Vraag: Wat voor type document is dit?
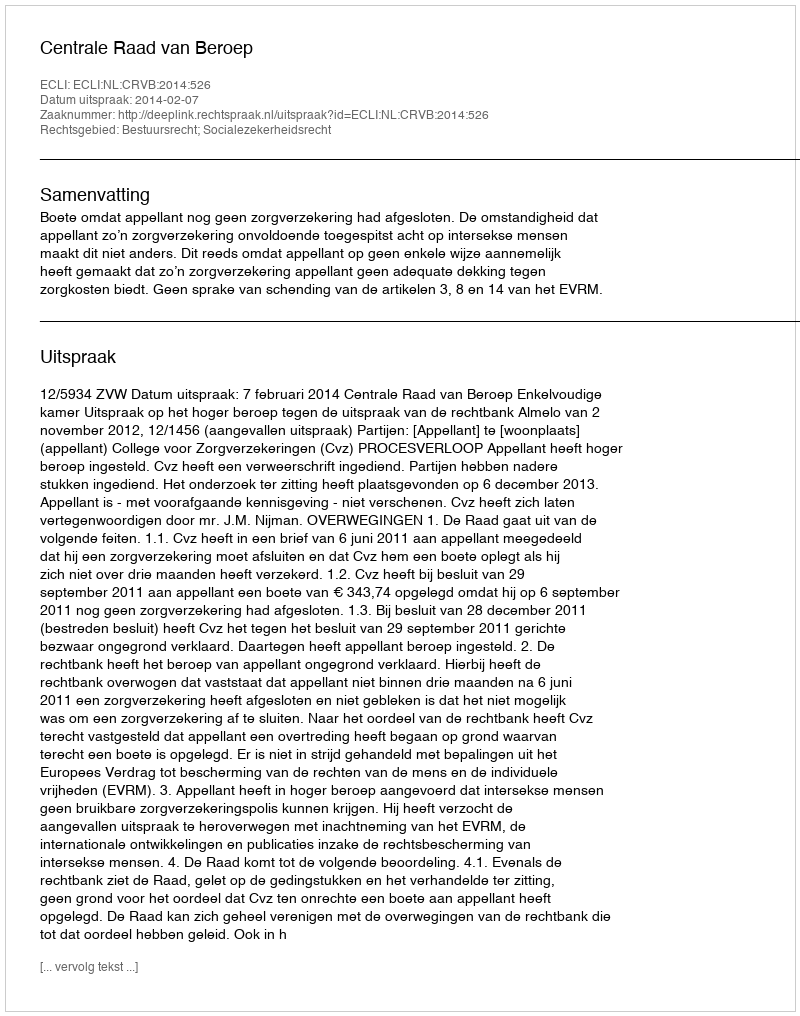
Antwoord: Uitspraak